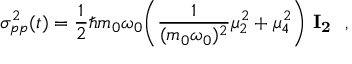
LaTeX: \sigma _ { p p } ^ { 2 } ( t ) = { \frac { 1 } { 2 } } \hbar m _ { 0 } \omega _ { 0 } \biggl ( { \frac { 1 } { ( m _ { 0 } \omega _ { 0 } ) ^ { 2 } } } \mu _ { 2 } ^ { 2 } + \mu _ { 4 } ^ { 2 } \biggr ) \ { \bf I _ { 2 } } \ \ ,